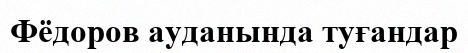
Фёдоров ауданында туғандар